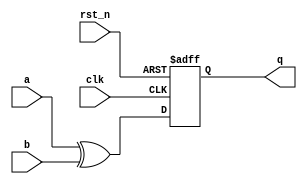
    module nbex2 (q, a, b, clk, rst_n);
      output q; 
      input  clk, rst_n; 
      input  a, b; 
      reg    q; 
 
      always @(posedge clk or negedge rst_n) 
        if (!rst_n) q <= 1'b0; //  
        else        q <= a ^ b;//  
    endmodule 
     module nbex1 (q, a, b, clk, rst_n);
      output q; 
      input  clk, rst_n; 
      input  a, b; 
      reg    q, y; 
 
      always @(a or b) 
        y = a ^ b; 
 
      always @(posedge clk or negedge rst_n) 
        if (!rst_n) q <= 1'b0; 
        else        q <= y; 
    endmodule